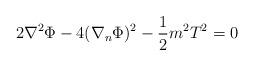
LaTeX: \begin{align*} 2\nabla^{2}\Phi-4(\nabla_{n}\Phi)^{2}-\frac{1}{2}m^{2}T^{2}=0\end{align*}